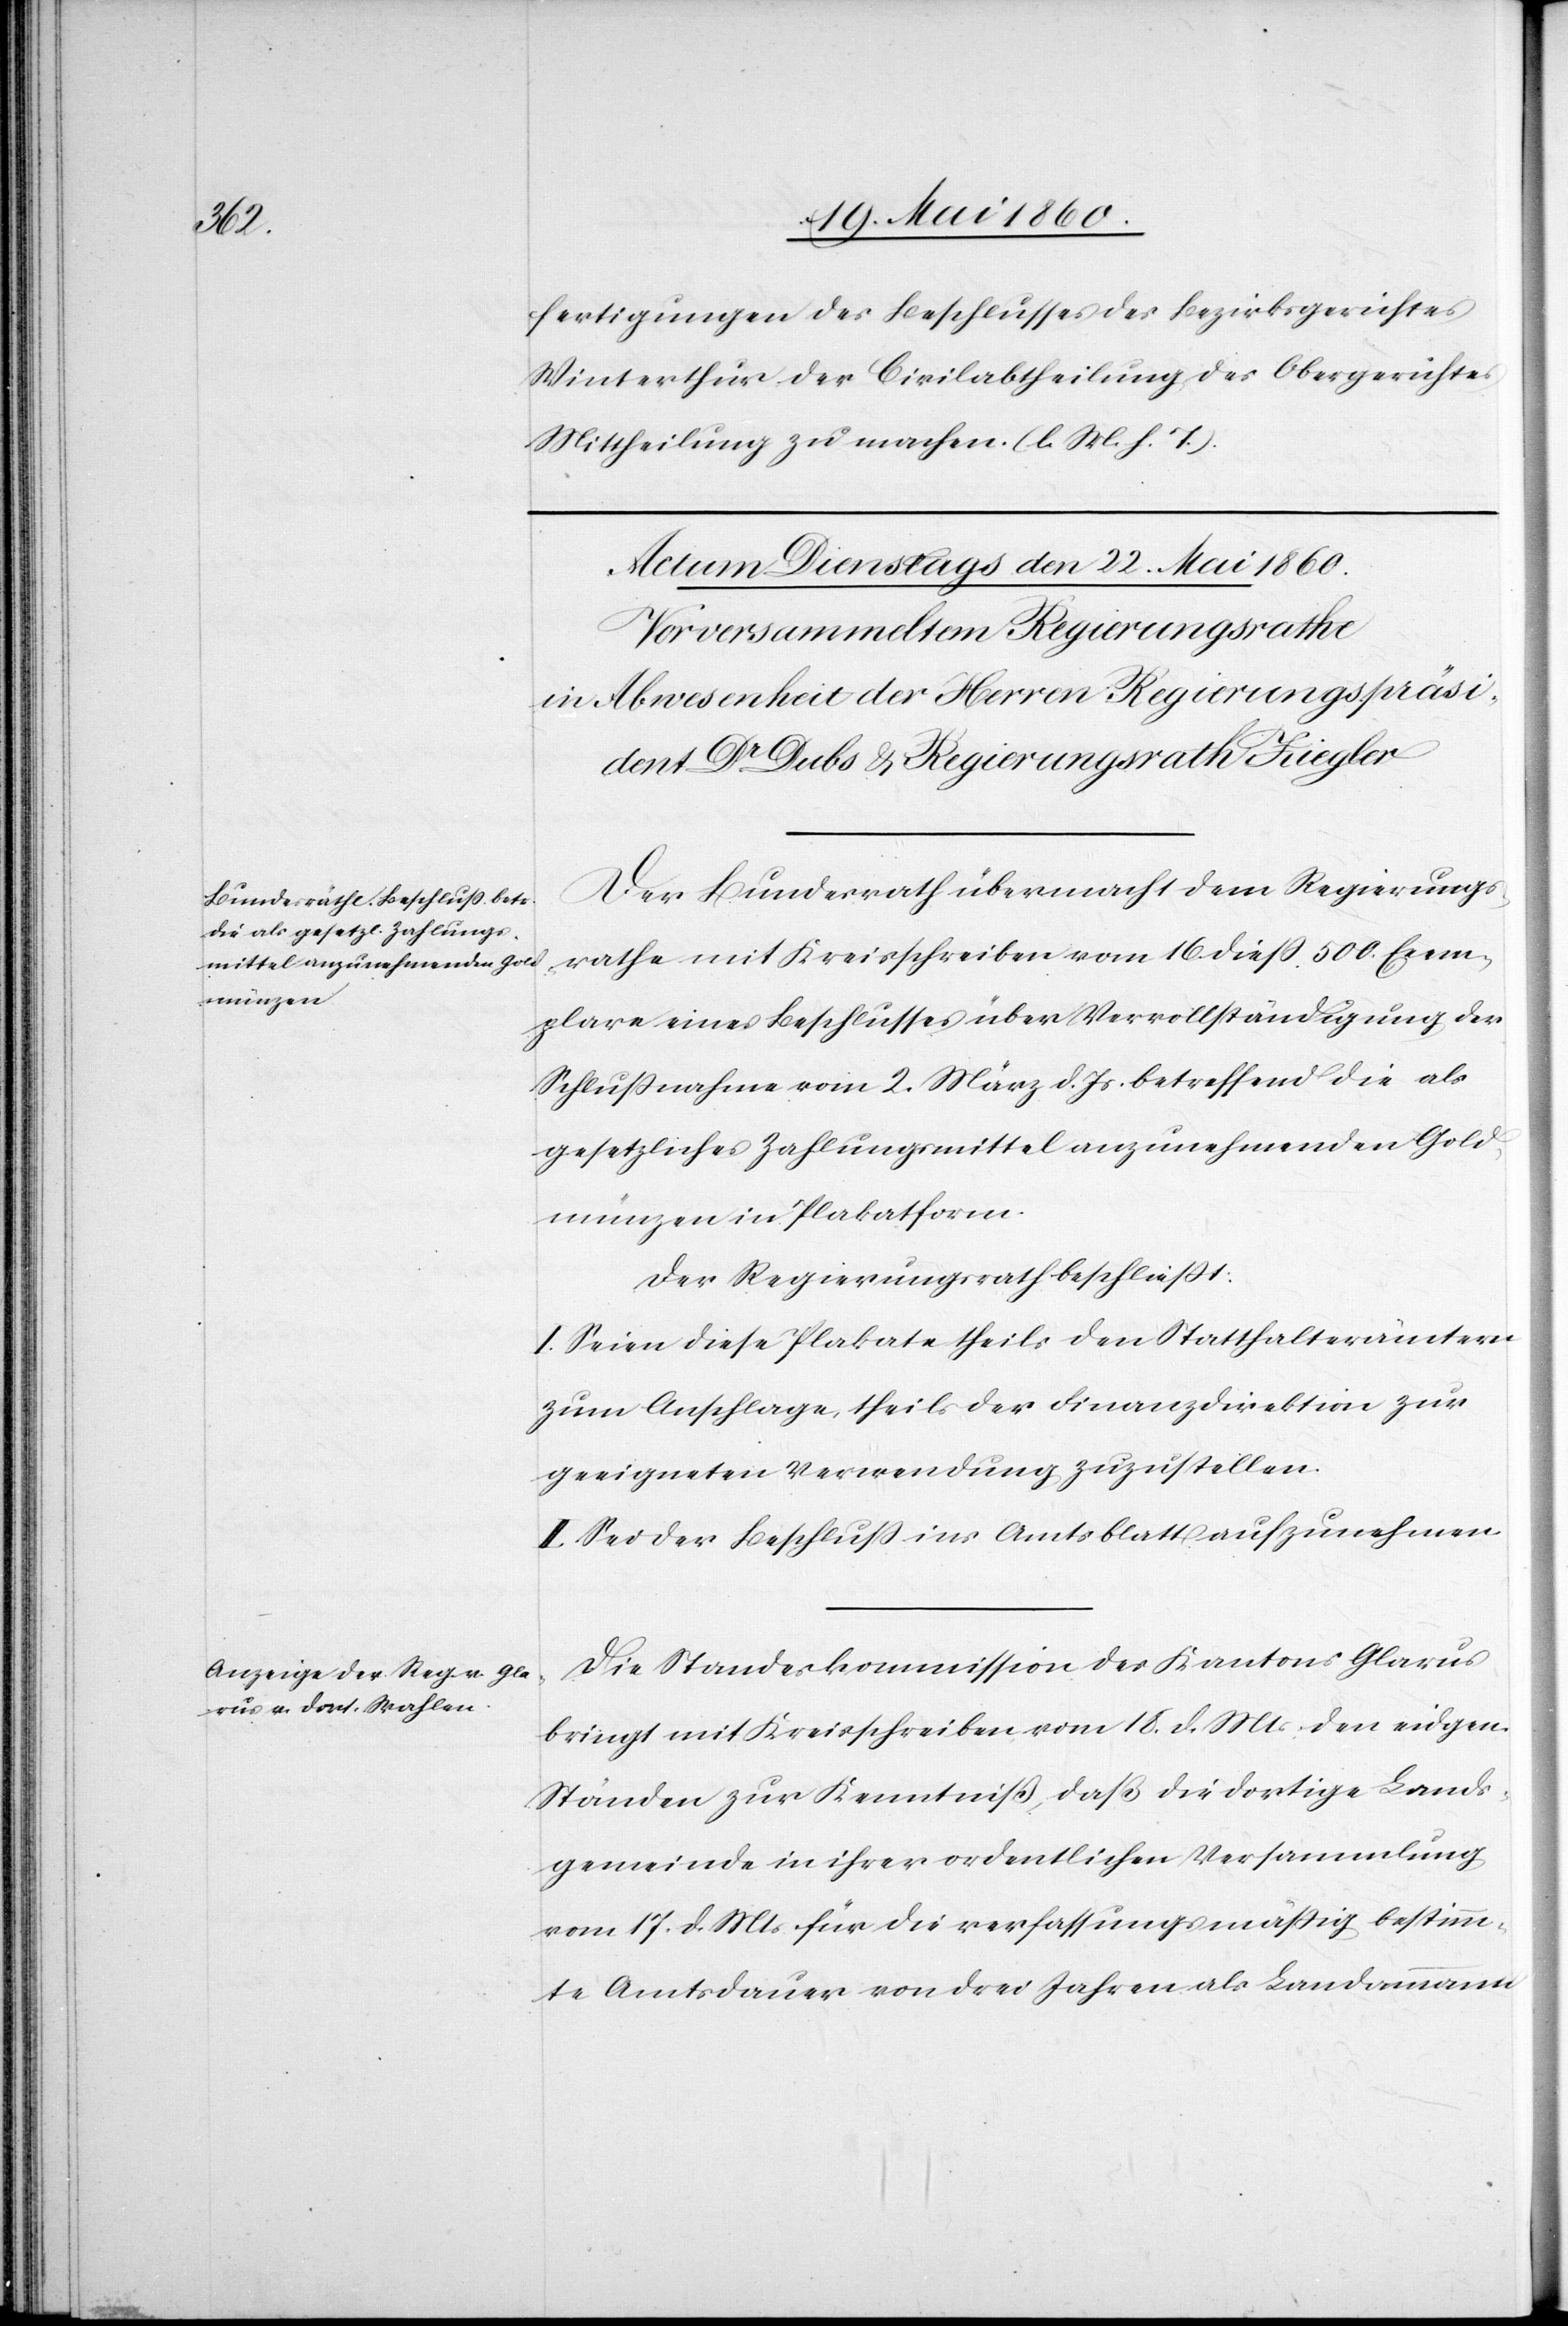
fertigungen des Beschlusses des Bezirksgerichtes
Winterthur der Civilabtheilung des Obergerichtes
Mittheilung zu machen. (l. M. h. T.).
Der Bundesrath übermacht dem Regierungs¬
rathe mit Kreisschreiben vom 16. diess 500 Exem¬
plare eines Beschlusses über Vervollständigung der
Schlussnahme vom 2. März d. Js. betreffend die als
gesetzliches Zahlungsmittel anzunehmenden Gold¬
münzen in Plakatform.
Der Regierungsrath beschliesst:
I. Seien diese Plakate theils den Statthalterämtern
zum Anschlage, theils der Finanzdirektion zur
geeigneten Verwendung zuzustellen.
II. Sei der Beschluss ins Amtsblatt aufzunehmen.
Die Standeskommission des Kantons Glarus
bringt mit Kreisschreiben vom 18. d. Mts. den eidgen.
Ständen zur Kenntniss, daß die dortige Lands¬
gemeinde in ihrer ordentlichen Versammlung
vom 17. d. Mts. für die verfassungsmässig bestimm¬
te Amtsdauer von drei Jahren als Landammann